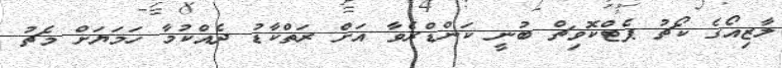
ލާޒިއޯގެ ކޯޗު ޕެޓްކޮވިޗް ބުނީ ކަންޑްރެވާ އަށް ރަތްކާޑު ދެއްކުމާ ހަމަޔަށް މެޗު